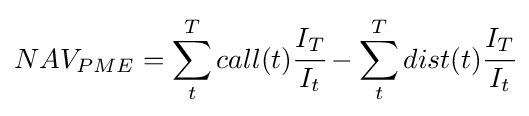
NAV_{PME}=\sum _{t}^{T}call(t){\cfrac {I_{T}}{I_{t}}}-\sum _{t}^{T}dist(t){\cfrac {I_{T}}{I_{t}}}